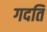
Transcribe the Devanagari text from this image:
गदति